Report on vaccination in Madras 1877-1894 - 1877-1894
Year: 1877
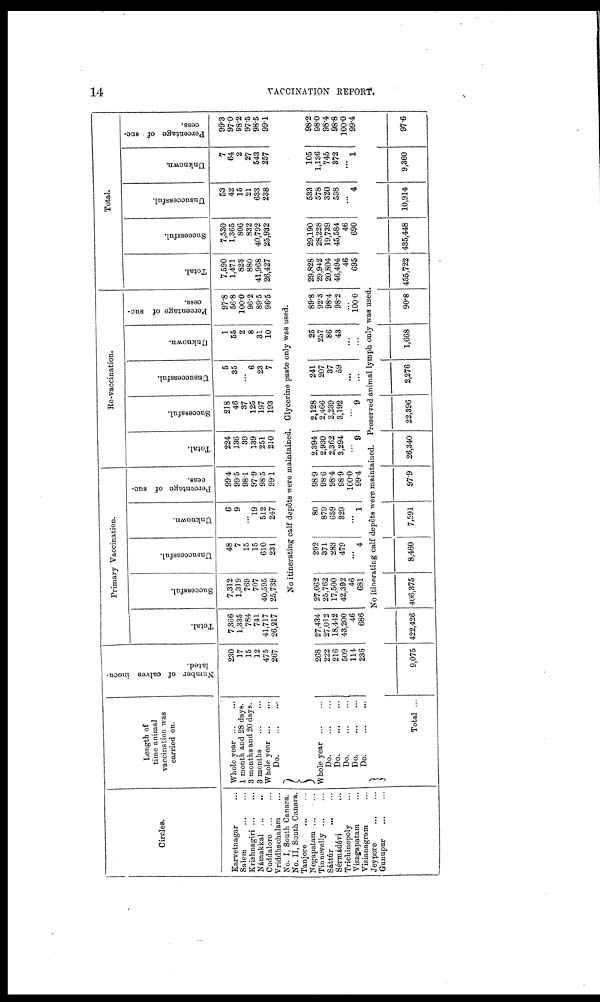
14
VACCINATION REPORT.
Circles.
Karvetnagar ...
Salem
...
...
Krishnagiri ... ...
Námakkal ... ...
Cuddalore
...
...
Vriddhachalam ...
No. I, South Canara.
No. II, South Canara.
Tanjore
...
...
Negapatam ... ...
Tinnevelly ... ...
Sáttúr
...
...
Sérmádévi ...
Trichinopoly ...
Vizagapatam ...
Vizianagram ...
Jeypore
...
...
Gunupur
...
...
Length of
time animal
vaccination was
carried on.
Whole year ... ...
1 month and 28 days.
3 months and 20 days.
3 months ... ...
Whole year ... ...
Do.
...
...
Number of calves inocu-
lated.
230
17
15
12
475
267
Primary Vaccination.
Total.
7,366
1,335
784
741
41,717
26,217
Successful.
7,312
1,319
769
707
40,595
25,739
Unsuccessful.
48
7
15
15
610
231
Unknown.
6
9
...
19
512
247
Percentage of suc-
cess.
99.4
99.5
98.1
97.9
98.5
99.1
Re-vaccination.
Total.
224
136
39
139
251
210
Successful.
218
46
37
125
197
193
Unsuccessful.
5
35
...
6
23
7
Unknown.
1
55
2
8
31
10
Percentage of suc-
cess.
97.8
56.8
100.0
96.2
89.5
96.5
Total.
Total.
7,590
1,471
823
880
41,968
26,427
Successful.
7,530
1,365
806
832
40,792
25,932
Unsuccessful.
53
42
15
21
633
238
Unknown.
7
64
2
27
543
257
Percentage of suc-
cess.
99.3
97.0
98.2
97.5
98.5
99.1
No itinerating calf depôts were maintained. Glycerine paste only was used.
Whole year
...
...
Do.
...
...
Do.
...
...
Do.
...
...
Do.
...
...
Do.
...
...
268
222
216
509
114
236
27,434
27,012
18,442
43,200
46
686
27,062
25,762
17,500
42,392
46
681
292
371
283
479
...
4
80
879
659
329
...
1
98.9
98.6
98.4
98.9
100.0
99.4
2,394
2,930
2,362
3,294
...
9
2,128
2,466
2,239
3,192
...
9
241
207
37
59
...
...
25
257
86
43
...
...
89.8
92.3
98.4
98.2
...
100.0
29,828
29,942
20,804
46,494
46
695
29,190
28,228
19,739
45,584
46
690
533
578
320
538
...
4
105
1,136
745
372
...
1
98.2
98.0
98.4
98.8
100.0
99.4
No itinerating calf depôts were maintained. Preserved animal lymph only was used.
Total ...
9,075 422,426 406,375
8,460
7,591
97.9 26,340 22,396
2,276
1,668
90.8 455,722 435,448 10,914
9,360
97.6